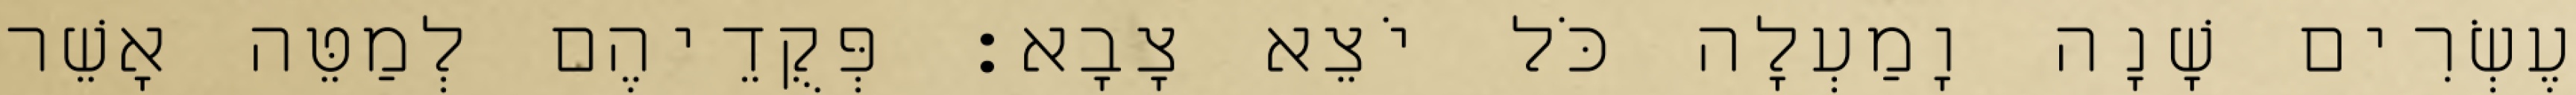
עֶשְׂרִים שָׁנָה וָמַעְלָה כֹּל יֹצֵא צָבָא׃ פְּקֻדֵיהֶם לְמַטֵּה אָשֵׁר